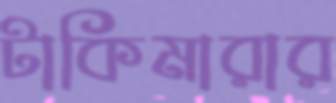
টাকিমারার